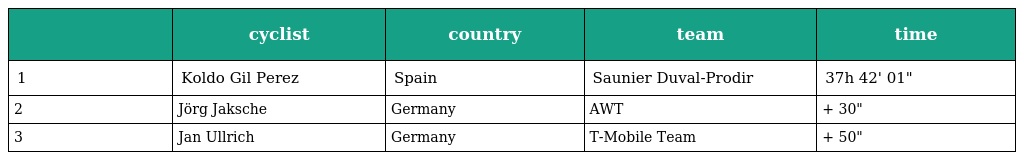
|  | cyclist | country | team | time |
 | --- | --- | --- | --- | --- |
 | 1 | Koldo Gil Perez | Spain | Saunier Duval-Prodir | 37h 42' 01" |
 | 2 | Jörg Jaksche | Germany | AWT | + 30" |
 | 3 | Jan Ullrich | Germany | T-Mobile Team | + 50" |